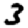
Digit: 3